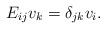
LaTeX: \begin{align*}E_{ij} v_k = \delta_{jk} v_i. \end{align*}